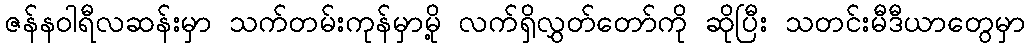
ဇန်နဝါရီလဆန်းမှာ သက်တမ်းကုန်မှာမို့ လက်ရှိလွှတ်တော်ကို ဆိုပြီး သတင်းမီဒီယာတွေမှာ